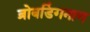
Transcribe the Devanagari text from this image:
ब्रोबडिंगनाग